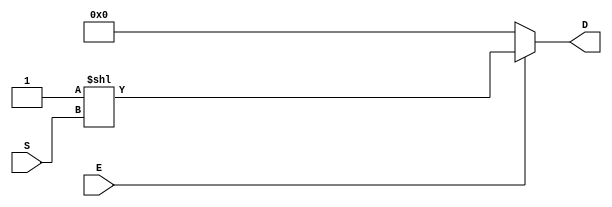
`timescale 1ns / 1ps
//////////////////////////////////////////////////////////////////////////////////
//////////////////////////////////////////////////////////////////////////////////
module Decoder4t16(
    input E,
    input [3:0] S,
    output [15:0] D
    );

	assign D = (E) ? (1 << S) : 16'b0 ;


endmodule